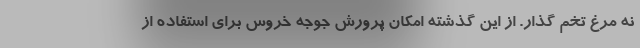
نه مرغ تخم گذار. از این گذشته امکان پرورش جوجه خروس برای استفاده از